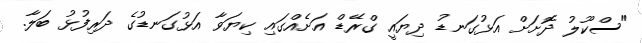
"ސްކޫލު ދޮށަށް އަޅުގަނޑު ދިޔައީ ގްރޭޑް އަށެއްގައި ކިޔަވާ އަޅުގަނޑުގެ ދަރިފުޅު ބަލާ.